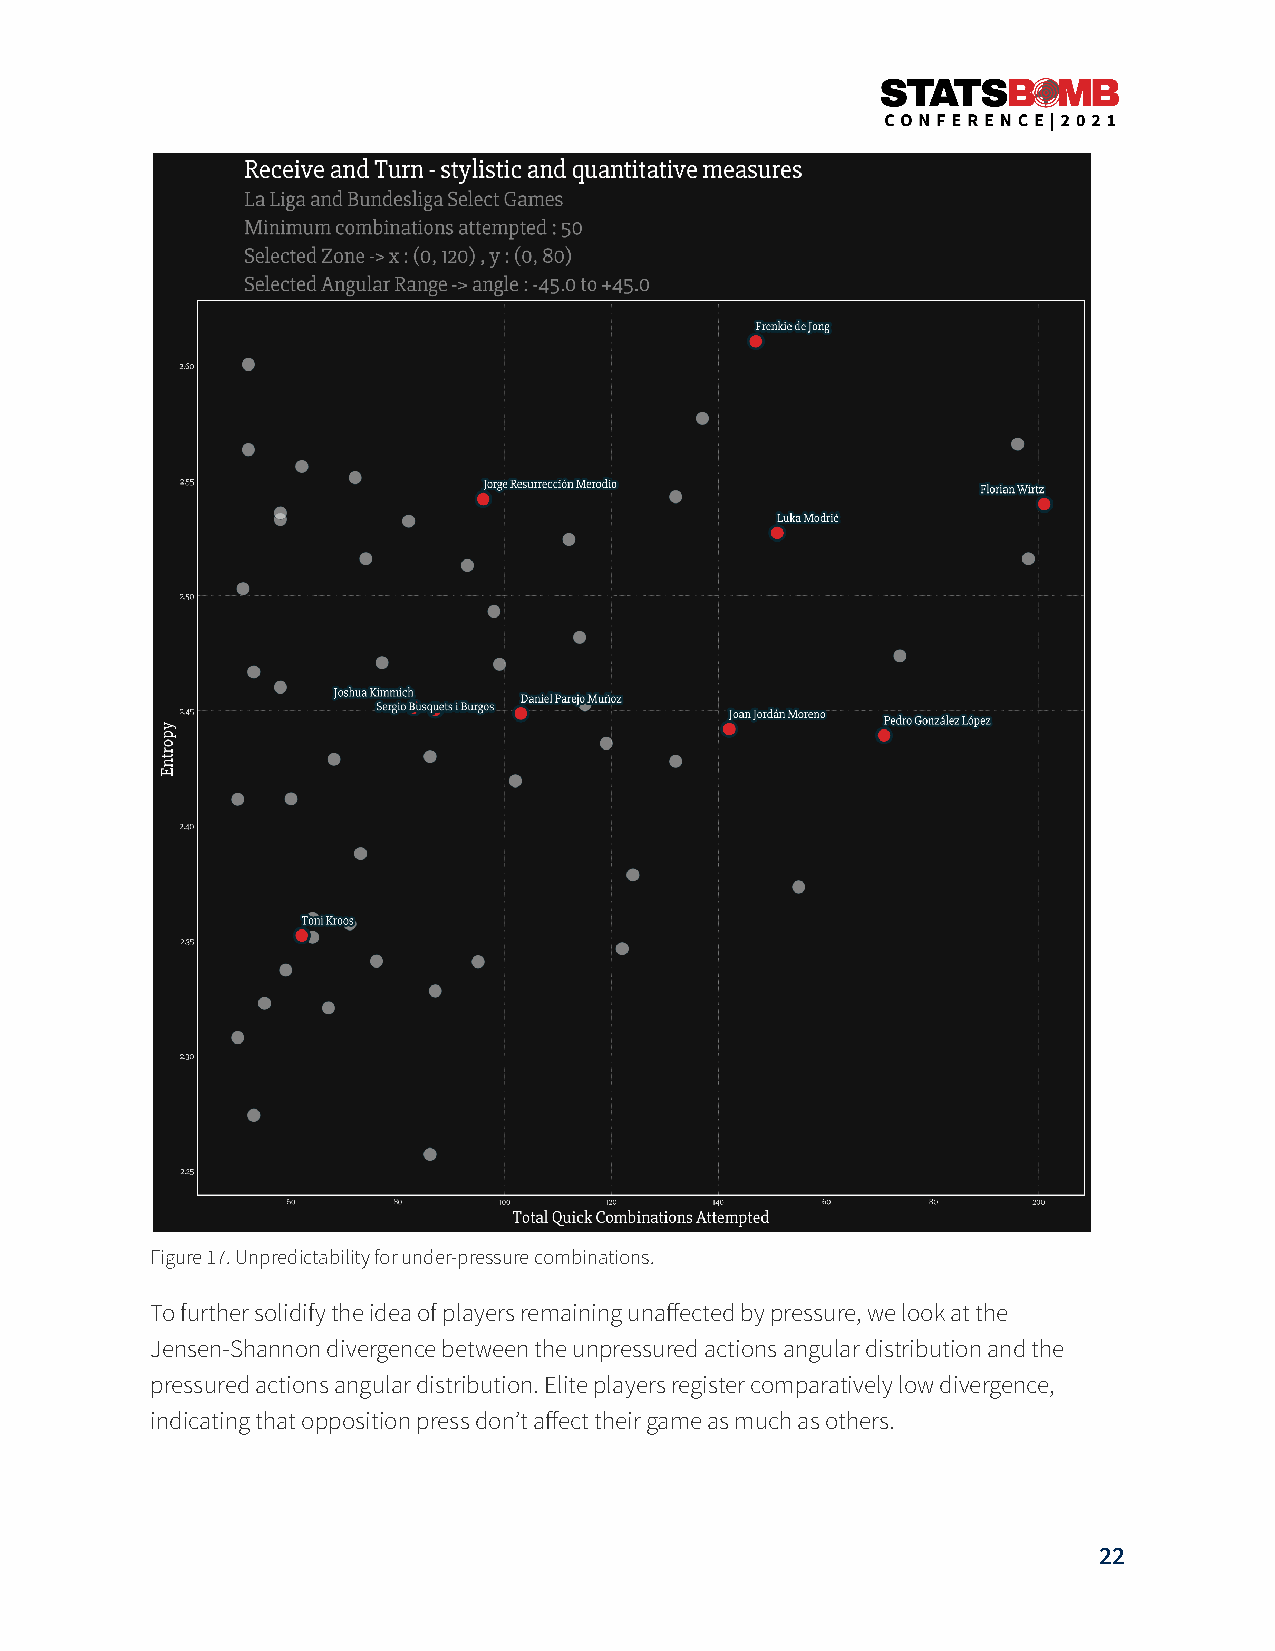
Figure 17. Unpredictability for under-pressure combinations.
 To further solidify the idea of players remaining unaffected by pressure, we look at the
 Jensen-Shannon divergence between the unpressured actions angular distribution and the
 pressured actions angular distribution. Elite players register comparatively low divergence,
 indicating that opposition press donʼt affect their game as much as others.
 22